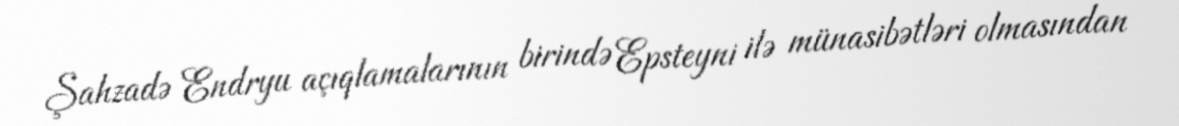
Şahzadə Endryu açıqlamalarının birində Epsteyni ilə münasibətləri olmasından